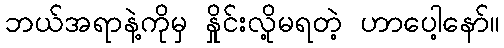
ဘယ်အရာနဲ့ကိုမှ နှိုင်းလို့မရတဲ့ ဟာပေါ့နော်။